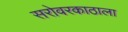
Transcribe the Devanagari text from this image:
सरोवरकाठाला